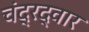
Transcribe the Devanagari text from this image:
चंद्रद्वार